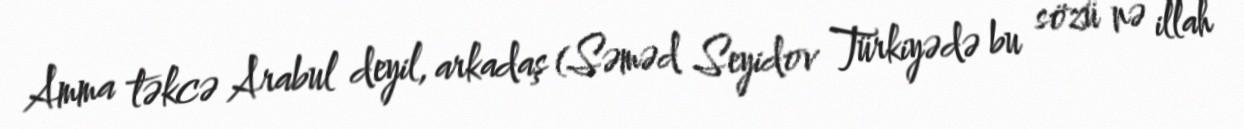
Amma təkcə Arabul deyil, arkadaş (Səməd Seyidov Türkiyədə bu sözü nə illah